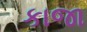
કાજા